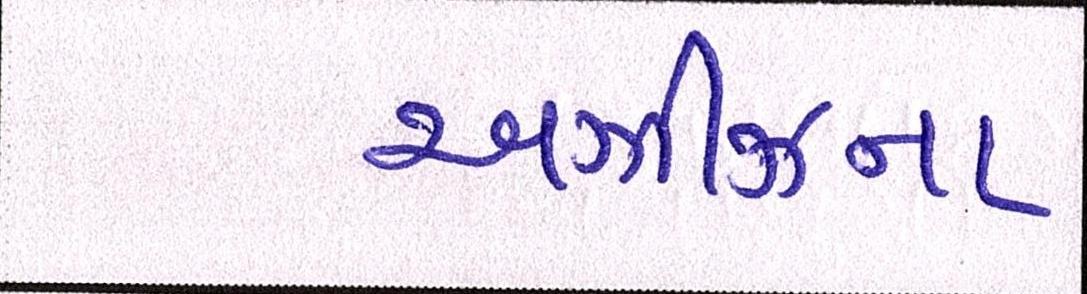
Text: અઝીઝના